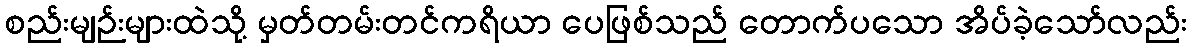
စည်းမျဉ်းများထဲသို့ မှတ်တမ်းတင်ကရိယာ ပေဖြစ်သည် တောက်ပသော အိပ်ခဲ့သော်လည်း